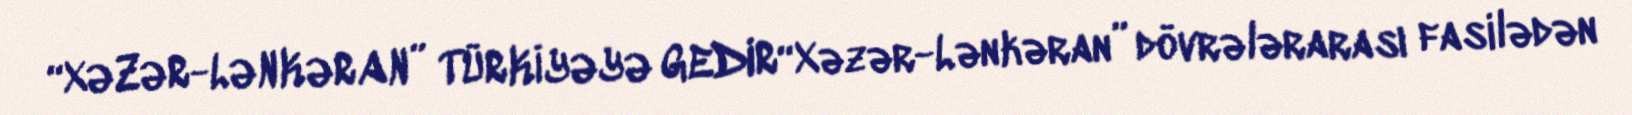
“XƏZƏR-LƏNKƏRAN” TÜRKİYƏYƏ GEDIR“Xəzər-Lənkəran” dövrələrarası fasilədən